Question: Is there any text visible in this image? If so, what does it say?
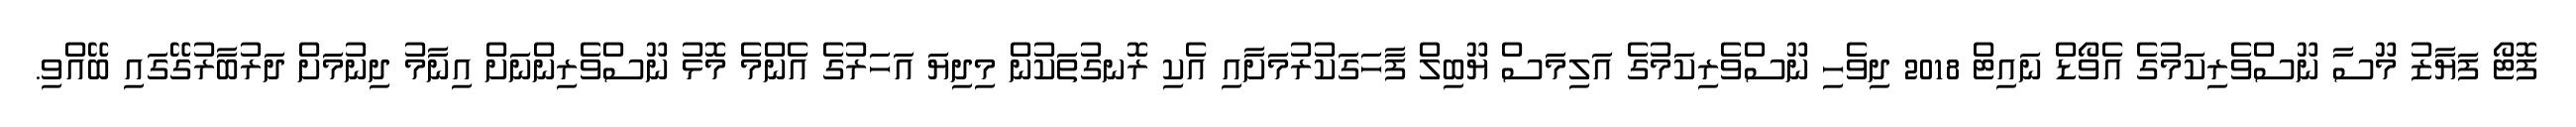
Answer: ފޮޓޯ ފަޔާޒު މޫސާ ނޫސްވެރިކަމުގެ އެވޯޑް ނައިޓް 2018 ދިވެހި ނޫސްވެރިކަމުގެ އަލިމަސް ޔޫބިލް ފާހަގަކުރުމަށާއި އެކި ރޮނގުތަކުން މިދިޔަ އަހަރުގެ އެންމެ މޮޅު ނޫސްވެރިންނަށް އިނާމު ދިނުމަށް ދަރުބާރުގޭގައި ބޭއްވި.